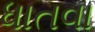
ધાતવા